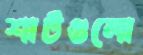
শার্টগুলো